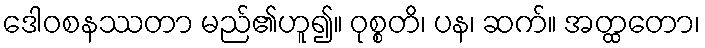
ဒေါဝစနဿတာ မည်၏ဟူ၍။ ဝုစ္စတိ၊ ပန၊ ဆက်။ အတ္ထတော၊